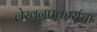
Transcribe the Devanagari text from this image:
लेखनप्रकारांचा